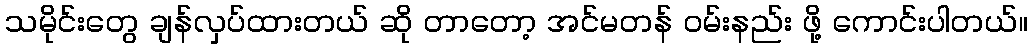
သမိုင်းတွေ ချန်လှပ်ထားတယ် ဆို တာတော့ အင်မတန် ဝမ်းနည်း ဖို့ ကောင်းပါတယ်။